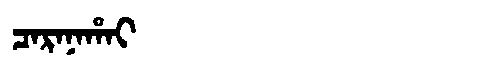
Manchu: ᠴᠠᡵᠠᠨᠠᡥᠠᡳ
Romanization: CARANAHAI